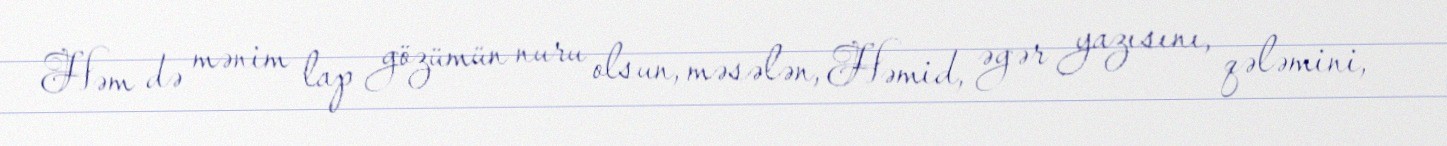
Həm də mənim lap gözümün nuru olsun, məsələn, Həmid, əgər yazısını, qələmini,